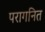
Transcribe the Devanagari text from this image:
परागनित